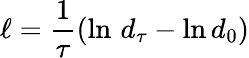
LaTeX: \ell=\frac{1}{\tau}\left(\ln\, d_{\tau}-\ln d_{0}\right)